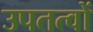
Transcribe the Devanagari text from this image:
उपतत्वों